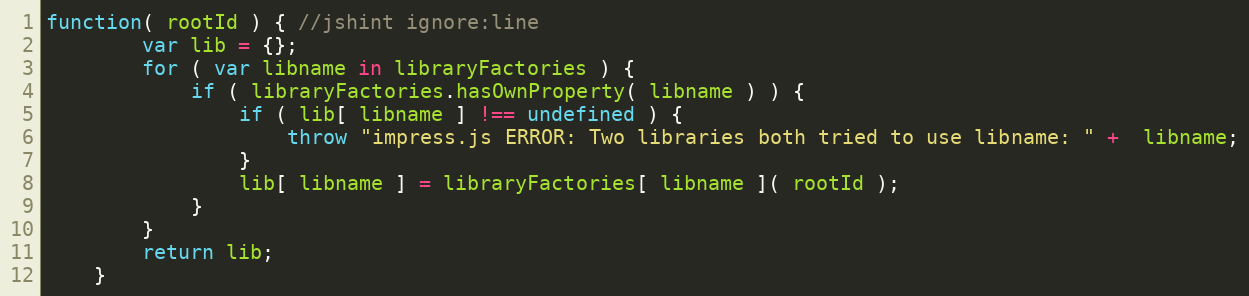
Language: JavaScript
function( rootId ) { //jshint ignore:line
        var lib = {};
        for ( var libname in libraryFactories ) {
            if ( libraryFactories.hasOwnProperty( libname ) ) {
                if ( lib[ libname ] !== undefined ) {
                    throw "impress.js ERROR: Two libraries both tried to use libname: " +  libname;
                }
                lib[ libname ] = libraryFactories[ libname ]( rootId );
            }
        }
        return lib;
    }